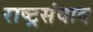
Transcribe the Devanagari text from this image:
राष्ट्रसंवाद